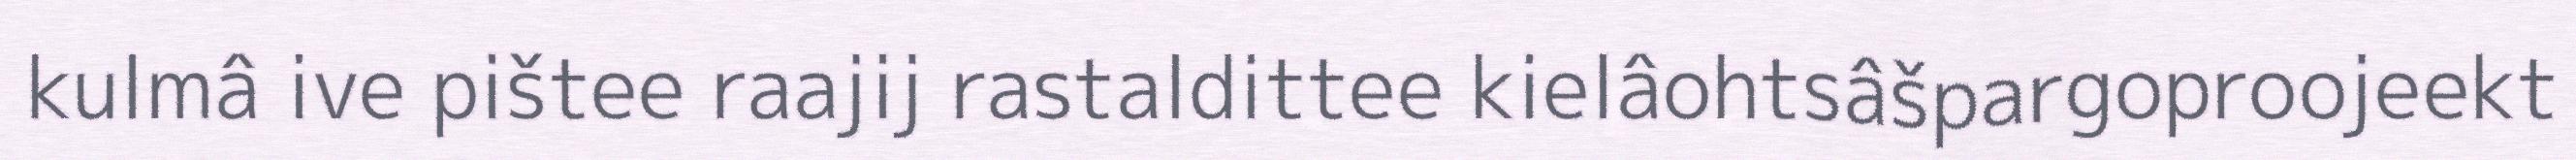
kulmâ ive pištee raajij rastaldittee kielâohtsâšpargoproojeekt